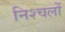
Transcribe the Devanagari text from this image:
निश्चलों